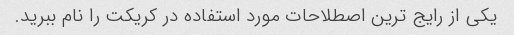
یکی از رایج ترین اصطلاحات مورد استفاده در کریکت را نام ببرید.